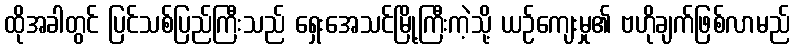
ထိုအခါတွင် ပြင်သစ်ပြည်ကြီးသည် ရှေးအေသင်မြို့ကြီးကဲ့သို့ ယဉ်ကျေးမှု၏ ဗဟိုချက်ဖြစ်လာမည်